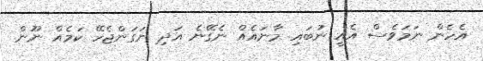
އެހެން ނަމަވެސް އެއީ ނުބައި މާނައެއް ނެގޭނެ އަދި ނަގަންޖެހޭ ކަމެއް ނޫން